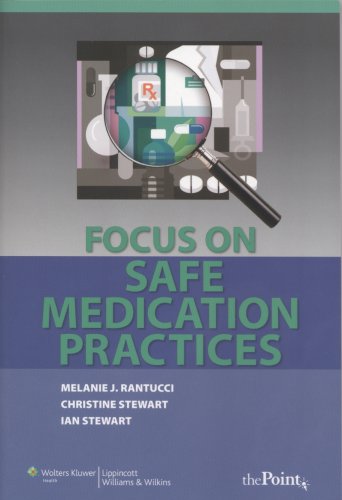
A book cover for Focus on Safe Medication Practices; Melanie J. Rantucci BScPharm  MScPharmAd  PhD; Medical Books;